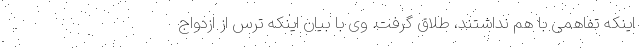
اینکه تفاهمی با هم نداشتند، طلاق گرفت. وی با بیان اینکه ترس از ازدواج